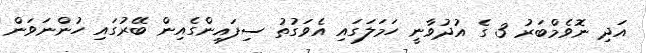
އަދި ނޮވެމްބަރު 3 ގެ އުދުވާނީ ހަމަލަގައި އެވަގުތު ސިފައިންގެއިން ބޭރުގައި ހުންނަވަން